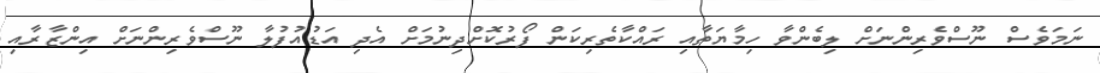
ނަމަވެސް ނޫސްވެރިންނަށް ލިބެންވާ ހިމާޔަތާއި ރައްކާތެރިކަން ފޯރުކޮށްދިނުމަށް އެދި އަޑުއުފުލާ ނޫސްވެރިންނަށް އިންޒާރާއި